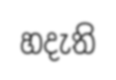
හදැති